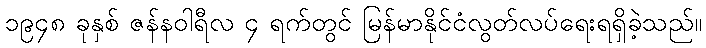
၁၉၄၈ ခုနှစ် ဇန်နဝါရီလ ၄ ရက်တွင် မြန်မာနိုင်ငံလွတ်လပ်ရေးရရှိခဲ့သည်။